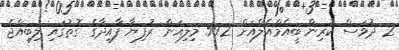
2 ދުވަަސް ކުރިން ބީއެމްއެލްއަށް 592 މިލިއަން ރުފިޔާ ފާއިދާގެ ގޮތުގައި ލިބިއްޖެ